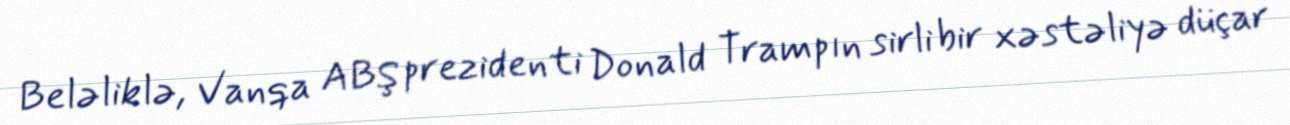
Beləliklə, Vanqa ABŞ prezidenti Donald Trampın sirli bir xəstəliyə düçar